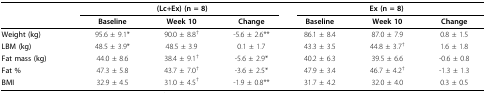
|  | <COLSPAN=3> (Lc+Ex) (n = 8) | <COLSPAN=3> Ex (n = 8) |
 |  | Baseline | Week 10 | Change | Baseline | Week 10 | Change |
 | --- | --- | --- | --- | --- | --- | --- |
 | Weight (kg) | 95.6 ± 9.1* | 90.0 ± 8.8† | -5.6 ± 2.6** | 86.1 ± 8.4 | 87.0 ± 7.9 | 0.8 ± 1.5 |
 | LBM (kg) | 48.5 ± 3.9* | 48.5 ± 3.9 | 0.1 ± 1.7 | 43.3 ± 3.5 | 44.8 ± 3.7† | 1.6 ± 1.8 |
 | Fat mass (kg) | 44.0 ± 8.6 | 38.4 ± 9.1† | -5.6 ± 2.9* | 40.2 ± 6.3 | 39.5 ± 6.6 | -0.6 ± 0.8 |
 | Fat % | 47.3 ± 5.8 | 43.7 ± 7.0† | -3.6 ± 2.5* | 47.9 ± 3.4 | 46.7 ± 4.2† | -1.3 ± 1.3 |
 | BMI | 32.9 ± 4.5 | 31.0 ± 4.5† | -1.9 ± 0.8** | 31.7 ± 4.2 | 32.0 ± 4.0 | 0.3 ± 0.5 |